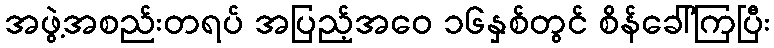
အဖွဲ့အစည်းတရပ် အပြည့်အဝေ ၁၆နှစ်တွင် စိန်ခေါ်ကြပြီး